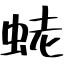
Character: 蛯